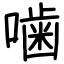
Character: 噛